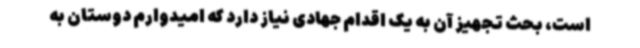
است، بحث تجهیز آن به یک اقدام جهادی نیاز دارد که امیدوارم دوستان به